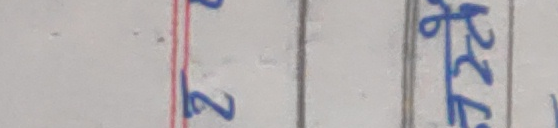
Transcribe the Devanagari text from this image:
२ २२